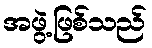
အဖွဲ့ဖြစ်သည်